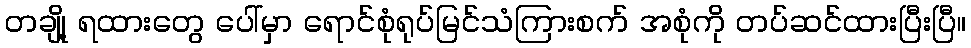
တချို့ ရထားတွေ ပေါ်မှာ ရောင်စုံရုပ်မြင်သံကြားစက် အစုံကို တပ်ဆင်ထားပြီးပြီ။